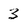
Character: 3